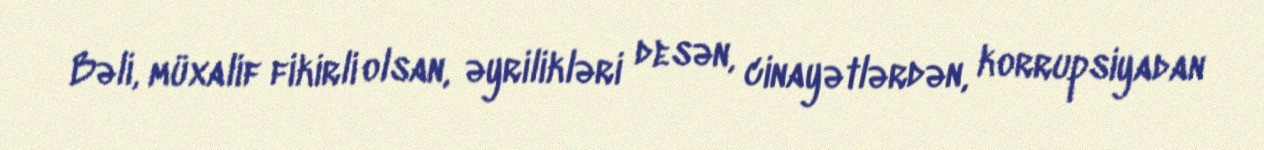
Bəli, müxalif fikirli olsan, əyrilikləri desən, cinayətlərdən, korrupsiyadan